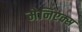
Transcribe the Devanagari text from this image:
मेनिएक्स